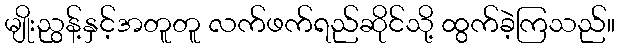
မျိုးညွန့်နှင့်အတူတူ လက်ဖက်ရည်ဆိုင်သို့ ထွက်ခဲ့ကြသည်။